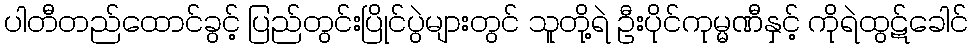
ပါတီတည်ထောင်ခွင့် ပြည်တွင်းပြိုင်ပွဲများတွင် သူတို့ရဲ ဦးပိုင်ကုမ္မဏီနှင့် ကိုရဲထွဋ်ခေါင်